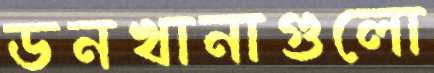
ডনখানাগুলো